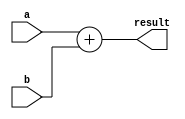
module add_32(a, b, result);
  input [31:0] a, b;
  output [31:0] result;

  assign result = a + b;
endmodule